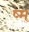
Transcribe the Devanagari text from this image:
ष्म